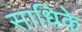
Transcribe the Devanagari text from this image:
साधिके